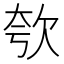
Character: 㰭